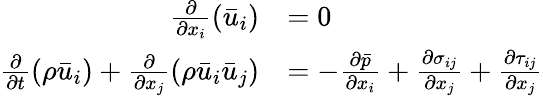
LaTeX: \begin{array}{rl}{\frac{\partial}{\partial x_{i}}\left(\bar{u}_{i}\right)}&{=0}\\ {\frac{\partial}{\partial t}\left(\rho\bar{u}_{i}\right)+\frac{\partial}{\partial x_{j}}\left(\rho\bar{u}_{i}\bar{u}_{j}\right)}&{=-\frac{\partial\bar{p}}{\partial x_{i}}+\frac{\partial\sigma_{ij}}{\partial x_{j}}+\frac{\partial\tau_{ij}}{\partial x_{j}}}\end{array}